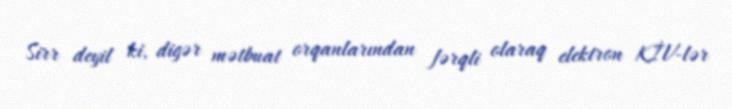
Sirr deyil ki, digər mətbuat orqanlarından fərqli olaraq elektron KİV-lər